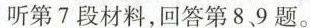
听第7段材料,回答第8、9 题。